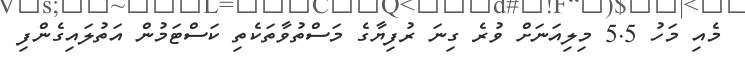
މެއި މަހު 5.5 މިލިއަނަށް ވުރެ ގިނަ ރުފިޔާގެ މަސްތުވާތަކެތި ކަސްޓަމުން އަތުލައިގެންފި